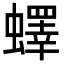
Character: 蠌